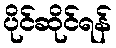
ပိုင်ဆိုင်ရန်